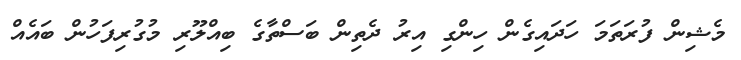
މެޝިން ފުރަތަމަ ހަދައިގެން ހިންގި އިރު ދެތިން ބަސްތާގެ ބިއްލޫރި މުގުރިފަހުން ބައެއް